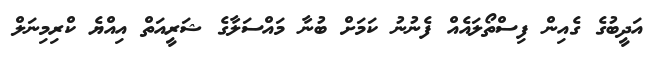
އަދީބުގެ ގެއިން ފިސްތޯލައެއް ފެނުނު ކަމަށް ބުނާ މައްސަލާގެ ޝަރީއަތް އިއްޔެ ކްރިމިނަލް